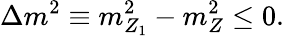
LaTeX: \Delta m^{2}\equiv m_{Z_{1}}^{2}-m_{Z}^{2}\leq 0.